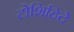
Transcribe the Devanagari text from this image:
टोशिहिदे